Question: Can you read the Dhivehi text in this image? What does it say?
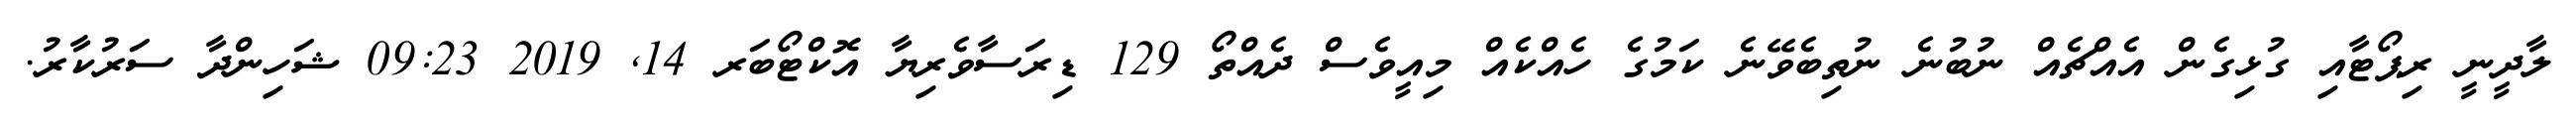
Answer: ލާދީނީ ރިޕޯޓާއި ގުޅިގެން އެއްޗެއް ނުބުނެ ނުތިބެވޭނެ ކަމުގެ ހެއްކެއް މިއީވެސް ދެއްތޯ 129 ޑިރަސާވެރިޔާ އޮކްޓޯބަރ 14, 2019 09:23 ޝަހިންދާ ސަރުކާރު.